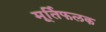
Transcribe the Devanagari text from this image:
मूर्तिफलक